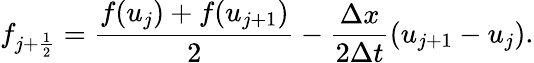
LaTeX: f_{j+\frac{1}{2}}=\frac{f(u_{j})+f(u_{j+1})}{2}-\frac{\Delta x}{2\Delta t}(u_{j+1}-u_{j}).